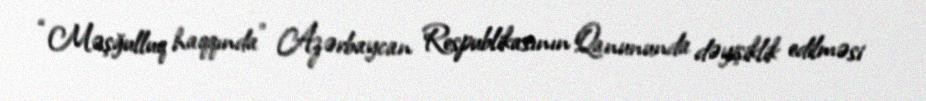
“Məşğulluq haqqında” Azərbaycan Respublikasının Qanununda dəyişiklik edilməsi